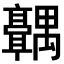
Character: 𬴣